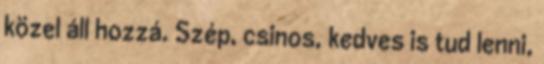
közel áll hozzá. Szép, csinos, kedves is tud lenni,